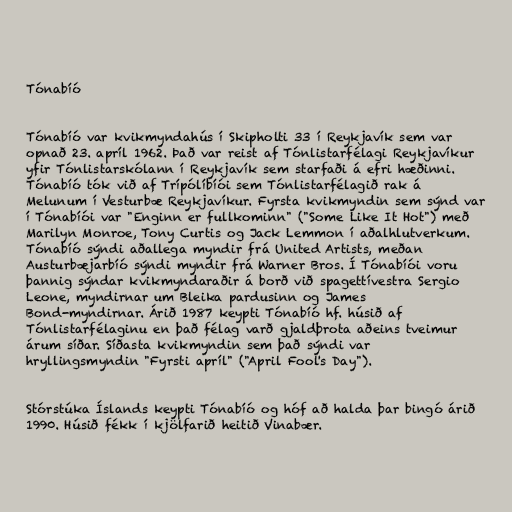
Tónabíó

Tónabíó var kvikmyndahús í Skipholti 33 í Reykjavík sem var
opnað 23. apríl 1962. Það var reist af Tónlistarfélagi Reykjavíkur
yfir Tónlistarskólann í Reykjavík sem starfaði á efri hæðinni.
Tónabíó tók við af Trípólíbíói sem Tónlistarfélagið rak á
Melunum í Vesturbæ Reykjavíkur. Fyrsta kvikmyndin sem sýnd var
í Tónabíói var "Enginn er fullkominn" ("Some Like It Hot") með
Marilyn Monroe, Tony Curtis og Jack Lemmon í aðalhlutverkum.
Tónabíó sýndi aðallega myndir frá United Artists, meðan
Austurbæjarbíó sýndi myndir frá Warner Bros. Í Tónabíói voru
þannig sýndar kvikmyndaraðir á borð við spagettívestra Sergio
Leone, myndirnar um Bleika pardusinn og James
Bond-myndirnar. Árið 1987 keypti Tónabíó hf. húsið af
Tónlistarfélaginu en það félag varð gjaldþrota aðeins tveimur
árum síðar. Síðasta kvikmyndin sem það sýndi var
hryllingsmyndin "Fyrsti apríl" ("April Fool's Day").

Stórstúka Íslands keypti Tónabíó og hóf að halda þar bingó árið
1990. Húsið fékk í kjölfarið heitið Vinabær.